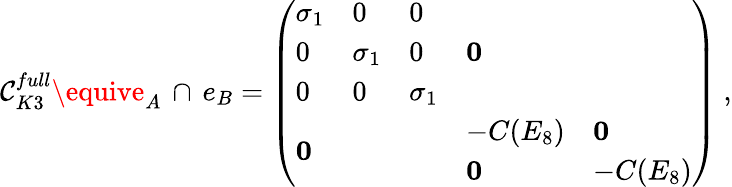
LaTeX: \mathcal{C}_{K3}^{full}\equive_{A}\, \cap\, e_{B}=\left(\begin{array}{ll}{{\begin{array}{lll}{{\sigma_{1}}}&{{0}}&{{0}}\\ {{0}}&{{\sigma_{1}}}&{{0}}\\ {{0}}&{{0}}&{{\sigma_{1}}}\end{array}}}&{{{\mathbf 0}}}\\ {{{\mathbf 0}}}&{{\begin{array}{ll}{{-C(E_{8})}}&{{{\mathbf 0}}}\\ {{{\mathbf 0}}}&{{-C(E_{8})}}\end{array}}}\end{array}\right)\ ,